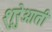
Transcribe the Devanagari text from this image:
शुरेुआती